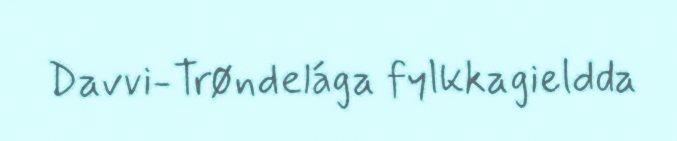
Davvi-Trøndelága fylkkagieldda